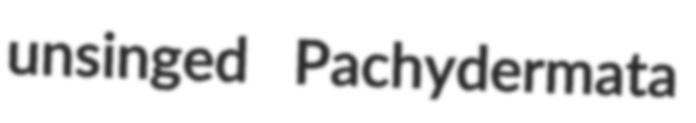
unsinged Pachydermata